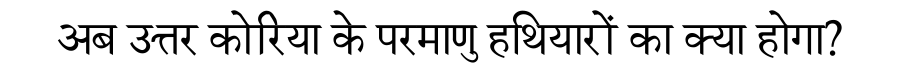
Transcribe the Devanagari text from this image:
अब उत्तर कोरिया के परमाणु हथियारों का क्या होगा?